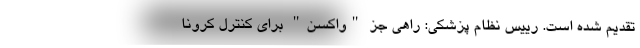
تقدیم شده است. رییس نظام پزشکی: راهی جز "واکسن" برای کنترل کرونا